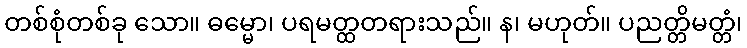
တစ်စုံတစ်ခု သော။ ဓမ္မော၊ ပရမတ္ထတရားသည်။ န၊ မဟုတ်။ ပညတ္တိမတ္တံ၊